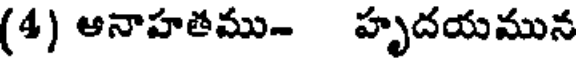
(4) ఆనాహతము- హృదయమున